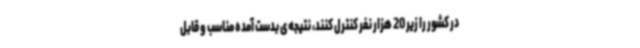
در کشور را زیر 20 هزار نفر کنترل کنند، نتیجه‌ی بدست آمده مناسب و قابل